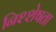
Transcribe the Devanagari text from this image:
निश्शेषता